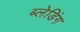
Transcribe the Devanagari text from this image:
ब्लेडिंग